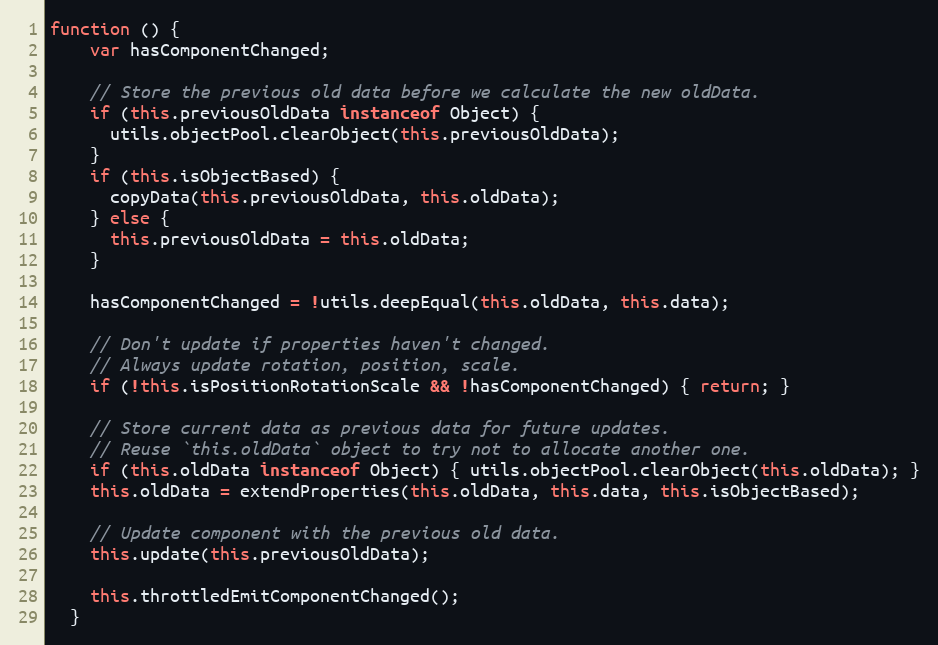
Language: JavaScript
function () {
    var hasComponentChanged;

    // Store the previous old data before we calculate the new oldData.
    if (this.previousOldData instanceof Object) {
      utils.objectPool.clearObject(this.previousOldData);
    }
    if (this.isObjectBased) {
      copyData(this.previousOldData, this.oldData);
    } else {
      this.previousOldData = this.oldData;
    }

    hasComponentChanged = !utils.deepEqual(this.oldData, this.data);

    // Don't update if properties haven't changed.
    // Always update rotation, position, scale.
    if (!this.isPositionRotationScale && !hasComponentChanged) { return; }

    // Store current data as previous data for future updates.
    // Reuse `this.oldData` object to try not to allocate another one.
    if (this.oldData instanceof Object) { utils.objectPool.clearObject(this.oldData); }
    this.oldData = extendProperties(this.oldData, this.data, this.isObjectBased);

    // Update component with the previous old data.
    this.update(this.previousOldData);

    this.throttledEmitComponentChanged();
  }